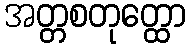
အတ္တစတုတ္ထော